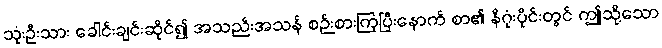
သုံးဦးသား ခေါင်းချင်းဆိုင်၍ အသည်းအသန် စဉ်းစားကြပြီးနောက် စာ၏ နိဂုံးပိုင်းတွင် ဤသို့သော